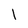
Character: l